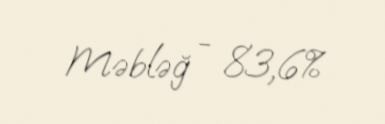
Məbləğ - 83,6%